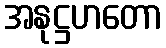
အနုဋ္ဌဟတော